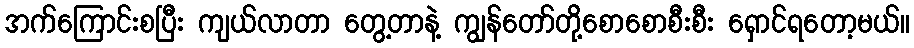
အက်ကြောင်းစပြီး ကျယ်လာတာ တွေ့တာနဲ့ ကျွန်တော်တို့စောစောစီးစီး ရှောင်ရတော့မယ်။